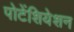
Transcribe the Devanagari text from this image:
पोटेंशियेशन